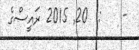
-    :  20